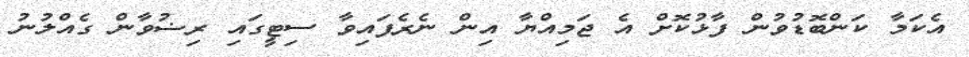
އެކަމާ ކަންބޮޑުވުން ފާޅުކޮށް އެ ޖަމިއްޔާ އިން ނެެރެފައިވާ ސިޓީގައި ރިޟުވާން ގެއްލުނު